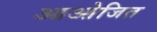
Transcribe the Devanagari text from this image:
आओजित